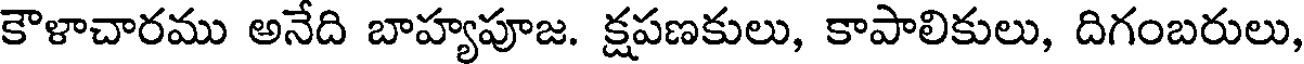
కౌళాచారము అనేది బాహ్యపూజ. క్షపణకులు, కాపాలికులు, దిగంబరులు,